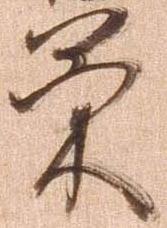
策